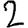
Digit: 2